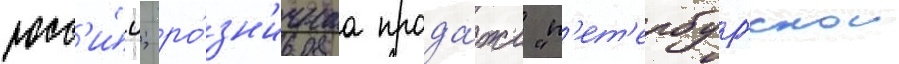
росс'и́и; ро́зн'ичнаа прода́жа "п'ет'ербургскои